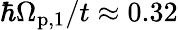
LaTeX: \hbar\Omega_{\mathrm{p,1}}/t\approx 0.32